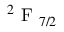
^ 2 \textrm { F } _ { 7 / 2 }